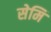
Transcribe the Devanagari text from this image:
सेमि